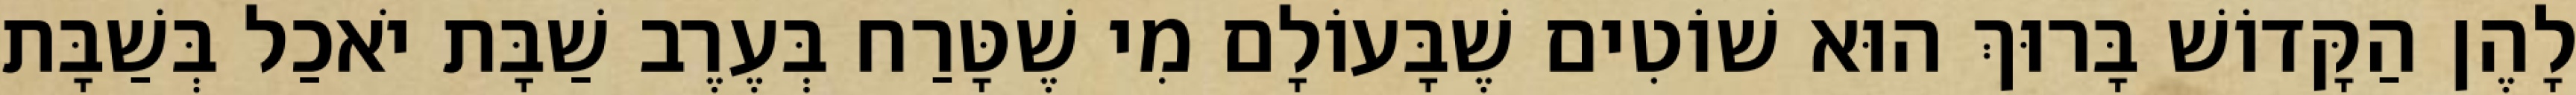
לָהֶן הַקָּדוֹשׁ בָּרוּךְ הוּא שׁוֹטִים שֶׁבָּעוֹלָם מִי שֶׁטָּרַח בְּעֶרֶב שַׁבָּת יֹאכַל בְּשַׁבָּת